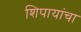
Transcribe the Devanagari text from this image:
शिपायांचा